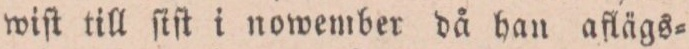
wiſt till ſiſt i nowember då han aflägs=